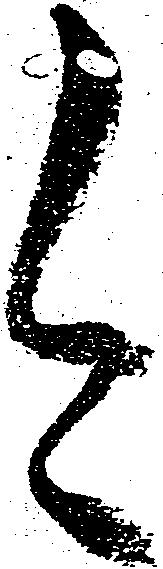
今